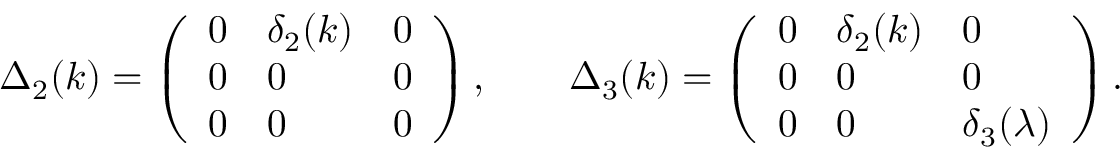
\begin{array} { r } { \Delta _ { 2 } ( k ) = \left( \begin{array} { l l l } { 0 } & { \delta _ { 2 } ( k ) } & { 0 } \\ { 0 } & { 0 } & { 0 } \\ { 0 } & { 0 } & { 0 } \end{array} \right) , \qquad \Delta _ { 3 } ( k ) = \left( \begin{array} { l l l } { 0 } & { \delta _ { 2 } ( k ) } & { 0 } \\ { 0 } & { 0 } & { 0 } \\ { 0 } & { 0 } & { \delta _ { 3 } ( \lambda ) } \end{array} \right) . } \end{array}